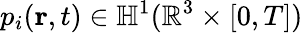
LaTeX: p_{i}(\textbf{r},t)\in\mathbb{H}^{1}(\mathbb{R}^{3}\times[0,T])